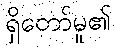
ရှိတော်မူ၏